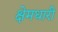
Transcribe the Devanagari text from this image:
क्षेमधारी